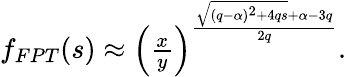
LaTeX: \begin{array}{r}{f_{FPT}(s)\approx\left(\frac{x}{y}\right)^{\frac{\sqrt{(q-\alpha)^{2}+4qs}+\alpha-3q}{2q}}.}\end{array}